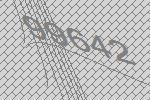
99642